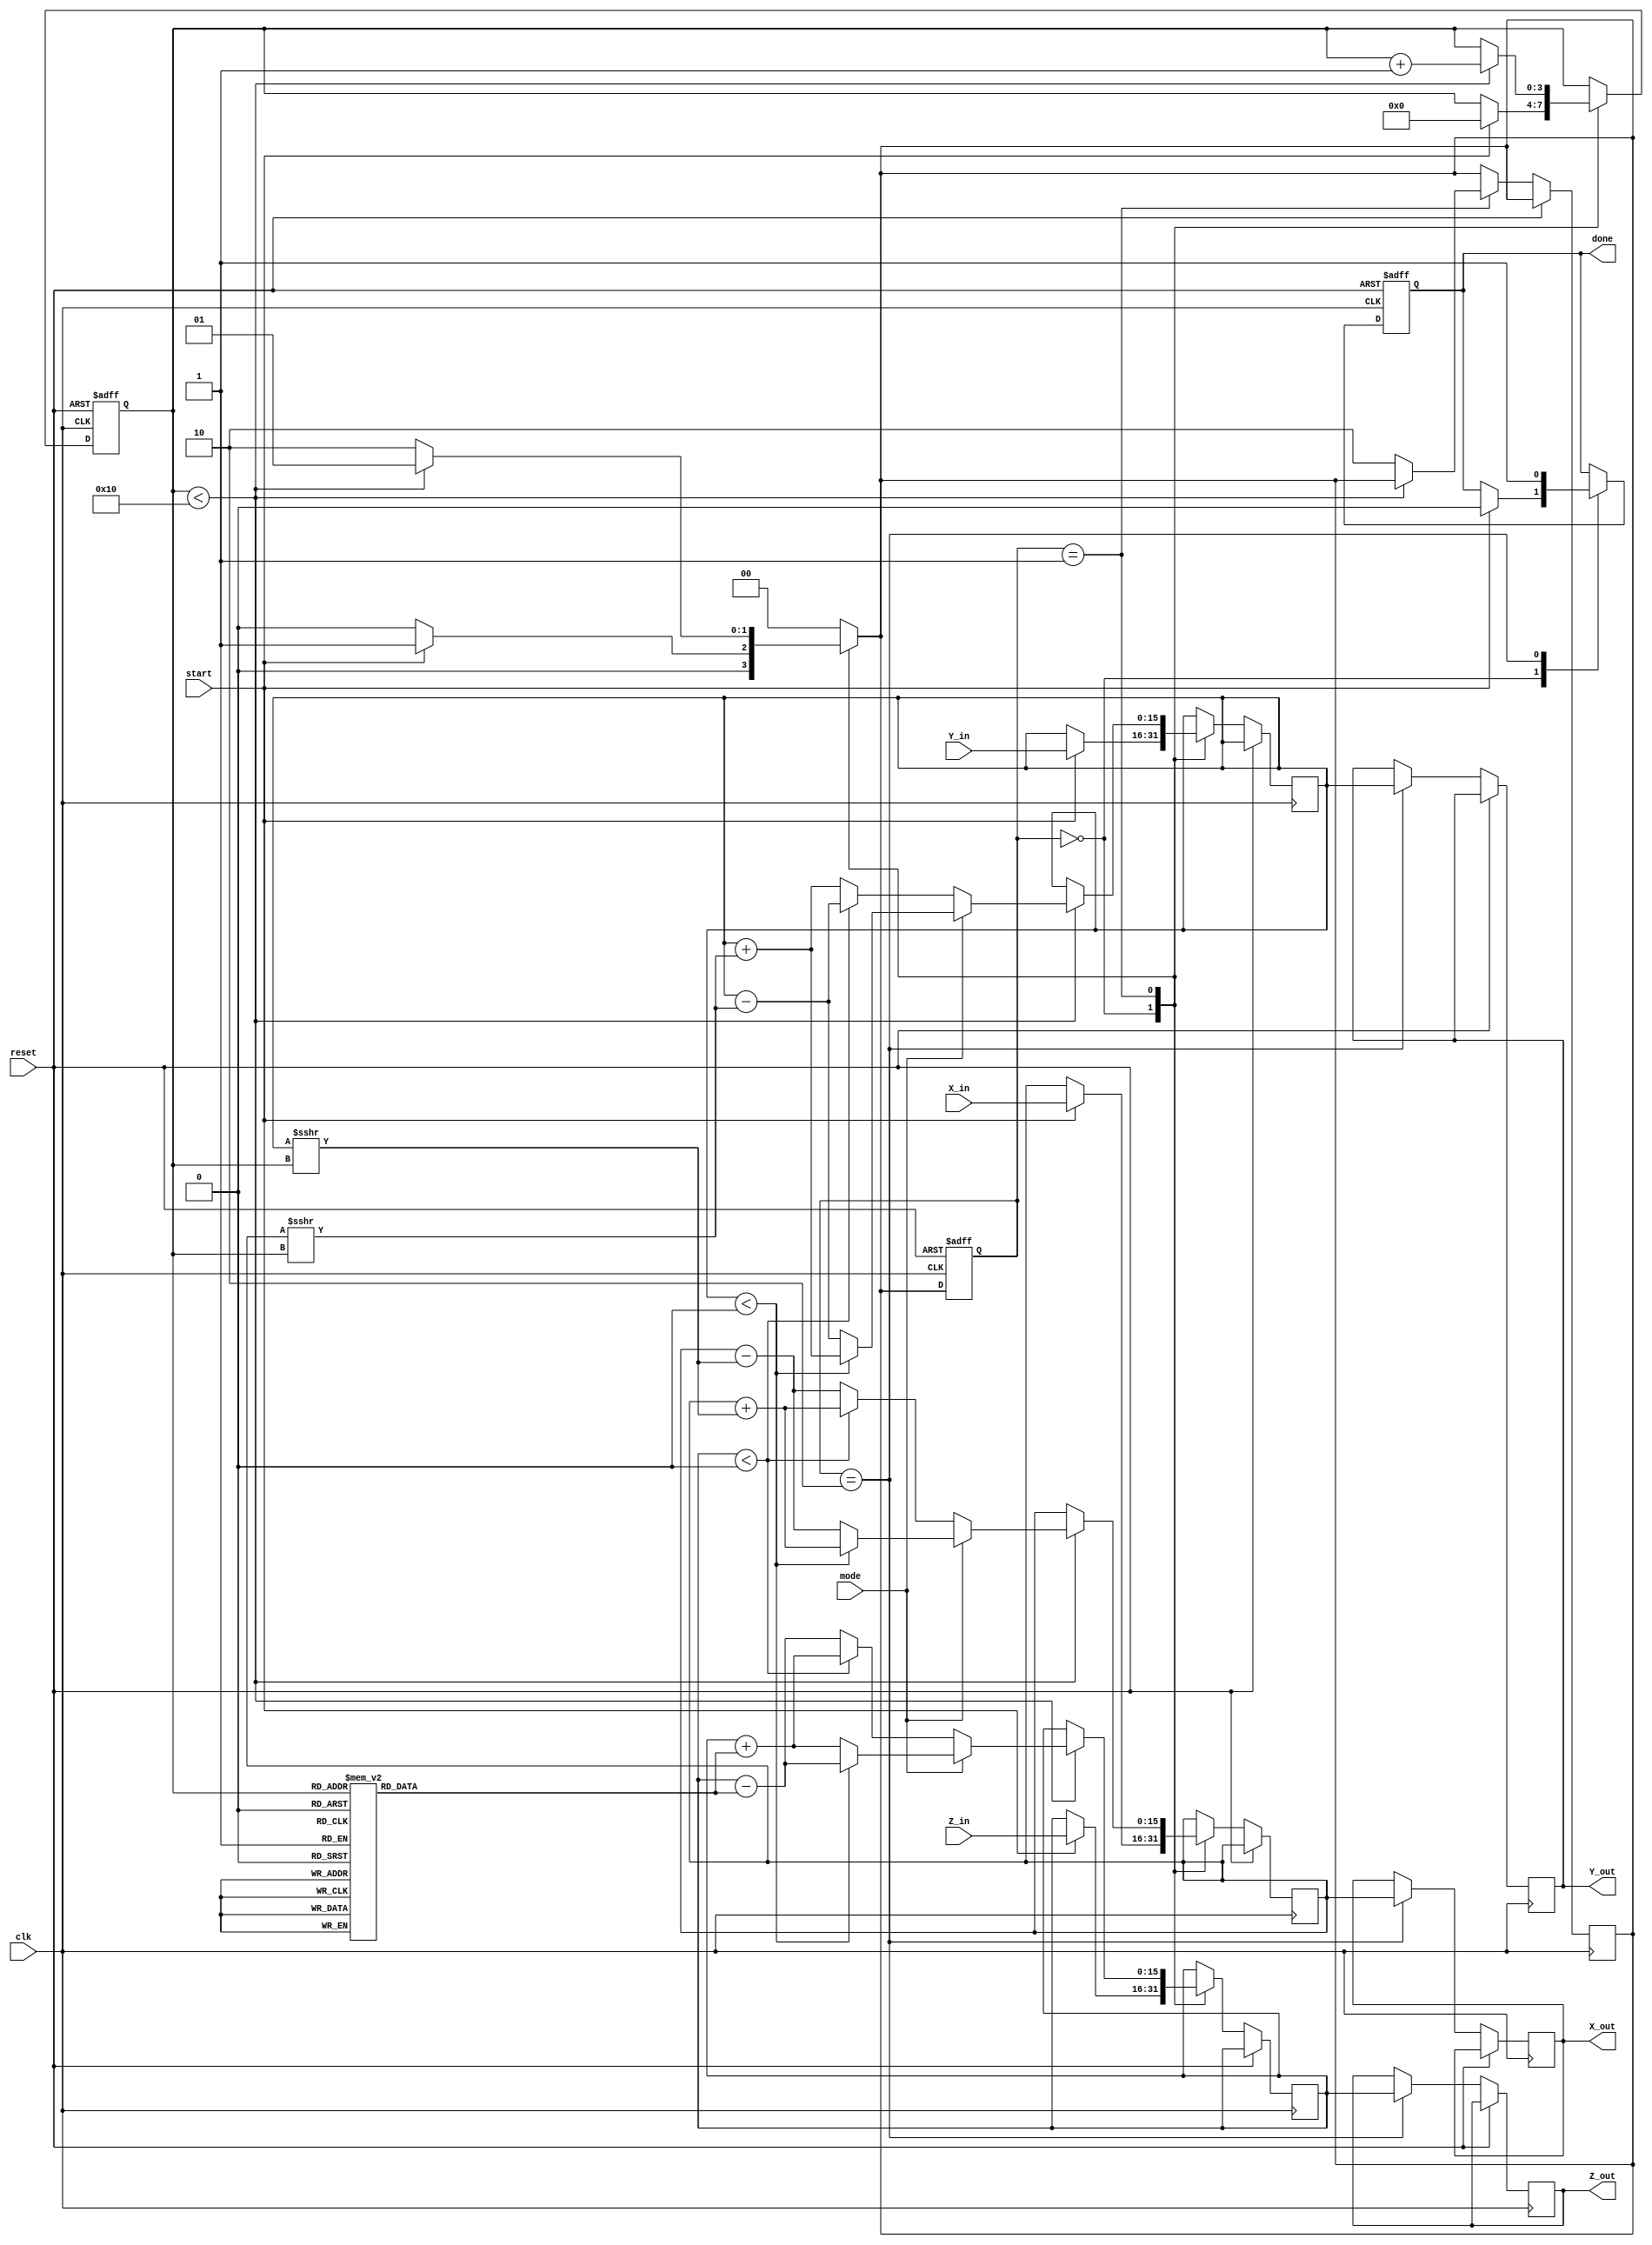
module modified_cordic #(
    parameter WIDTH = 16,            // Bit-width for the inputs and outputs
    parameter ITERATIONS = 16        // Number of iterations for CORDIC
)(
    input wire clk,
    input wire reset,
    input wire start,
    input wire mode,                 // 0: Rotation Mode, 1: Vectoring Mode
    input wire signed [WIDTH-1:0] X_in,
    input wire signed [WIDTH-1:0] Y_in,
    input wire signed [WIDTH-1:0] Z_in,
    output reg signed [WIDTH-1:0] X_out,
    output reg signed [WIDTH-1:0] Y_out,
    output reg signed [WIDTH-1:0] Z_out,
    output reg done
);

    // Internal registers
    reg signed [WIDTH-1:0] X, Y, Z;
    reg [3:0] iteration;             // Counter for iterations
    reg [WIDTH-1:0] atan_table [0:ITERATIONS-1]; // Angle lookup table
    reg [1:0] state, next_state;

    // State encoding
    localparam IDLE = 2'b00,
               RUN = 2'b01,
               DONE = 2'b10;

    // Initialize the atan_table with precomputed values
    initial begin
        atan_table[0] = 16'h3243; // atan(1) in fixed-point format
        atan_table[1] = 16'h1DAC; // atan(0.5)
        atan_table[2] = 16'h0FB3; // atan(0.25)
        // Continue filling the table for more iterations
        // ...
    end

    // State machine for control
    always @(posedge clk or posedge reset) begin
        if (reset) begin
            state <= IDLE;
            iteration <= 0;
            done <= 0;
        end else begin
            state <= next_state;
            case (state)
                IDLE: begin
                    if (start) begin
                        X <= X_in;
                        Y <= Y_in;
                        Z <= Z_in;
                        iteration <= 0;
                        done <= 0;
                    end
                end
                RUN: begin
                    if (iteration < ITERATIONS) begin
                        // CORDIC iteration
                        if (mode == 0) begin // Rotation Mode
                            if (Z < 0) begin
                                X <= X + (Y >>> iteration);
                                Y <= Y - (X >>> iteration);
                                Z <= Z + atan_table[iteration];
                            end else begin
                                X <= X - (Y >>> iteration);
                                Y <= Y + (X >>> iteration);
                                Z <= Z - atan_table[iteration];
                            end
                        end else begin // Vectoring Mode
                            if (Y < 0) begin
                                X <= X + (Y >>> iteration);
                                Y <= Y + (X >>> iteration);
                                Z <= Z - atan_table[iteration];
                            end else begin
                                X <= X - (Y >>> iteration);
                                Y <= Y - (X >>> iteration);
                                Z <= Z + atan_table[iteration];
                            end
                        end
                        iteration <= iteration + 1;
                    end else begin
                        next_state <= DONE;
                    end
                end
                DONE: begin
                    X_out <= X;
                    Y_out <= Y;
                    Z_out <= Z;
                    done <= 1;
                end
            endcase
        end
    end

    // Next state logic
    always @(*) begin
        case (state)
            IDLE: next_state = (start) ? RUN : IDLE;
            RUN: next_state = (iteration < ITERATIONS) ? RUN : DONE;
            DONE: next_state = IDLE;
            default: next_state = IDLE;
        endcase
    end

endmodule